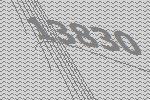
13830